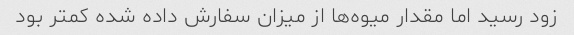
زود رسید اما مقدار میوه‌ها از میزان سفارش داده شده کمتر بود